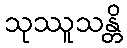
သုဿူသန္တိ